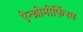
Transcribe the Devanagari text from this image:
ऐन्थ्रोमोर्फिस्म